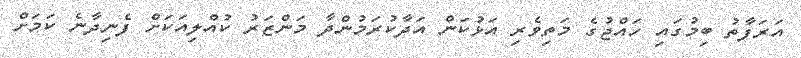
އަރަފާތު ބިމުގައި ހައްޖުގެ މަތިވެރި އަޅުކަން އަދާކުރަމުންދާ މަންޒަރު ކުއްލިއަކަށް ފެނިދާނެ ކަމަށް